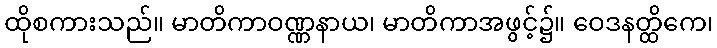
ထိုစကားသည်။ မာတိကာဝဏ္ဏနာယ၊ မာတိကာအဖွင့်၌။ ဝေဒနတ္ထိကေ၊